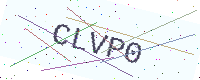
Text: CLVP0